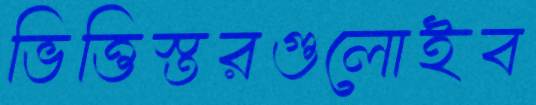
ভিত্তিস্তরগুলোইব